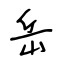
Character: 岳